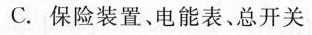
C.保险装置、电能表、总开关